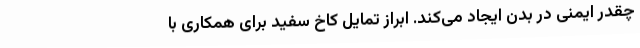
چقدر ایمنی در بدن ایجاد می‌کند. ابراز تمایل کاخ سفید برای همکاری با